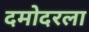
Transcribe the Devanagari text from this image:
दमोदरला